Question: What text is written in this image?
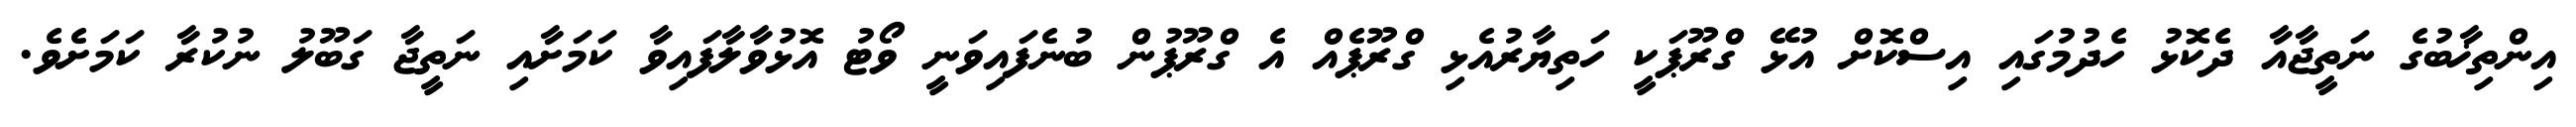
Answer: އިންތިޚާބުގެ ނަތީޖާއާ ދެކޮޅު ހެދުމުގައި އިސްކޮށް އުޅޭ ގްރޫޕަކީ ހަތިޔާރުއެޅި ގްރޫޕެއް އެ ގްރޫޕުން ބުނެފައިވަނީ ވޯޓު އޮޅުވާލާފައިވާ ކަމަށާއި ނަތީޖާ ގަބޫލު ނުކުރާ ކަމަށެވެ.